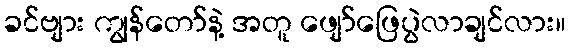
ခင်ဗျား ကျွန်တော်နဲ့ အတူ ဖျော်ဖြေပွဲလာချင်လား။